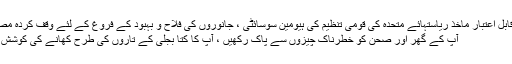
[11] ایکس قابل اعتبار ماخذ ریاستہائے متحدہ کی قومی تنظیم کی ہیومین سوسائٹی ، جانوروں کی فلاح و بہبود کے فروغ کے لئے وقف کردہ مصدر پر جائیں
آپ کے گھر اور صحن کو خطرناک چیزوں سے پاک رکھیں ، آپ کا کتا بجلی کے تاروں کی طرح کھانے کی کوشش کرسکتا ہے۔